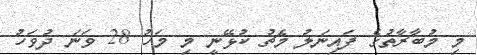
މި މުބާރާތުގެ ފައިނަލު މެޗު ކުޅޭނީ މި މަހު 28 ވަނަ ދުވަހު